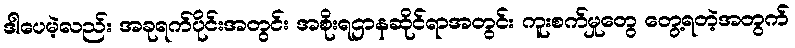
ဒါပေမဲ့လည်း အခုရက်ပိုင်းအတွင်း အစိုးရဌာနဆိုင်ရာအတွင်း ကူးစက်မှုတွေ တွေ့ရတဲ့အတွက်